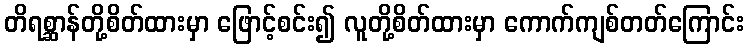
တိရစ္ဆာန်တို့စိတ်ထားမှာ ဖြောင့်စင်း၍ လူတို့စိတ်ထားမှာ ကောက်ကျစ်တတ်ကြောင်း